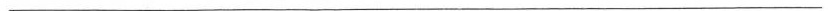
________________________________________________